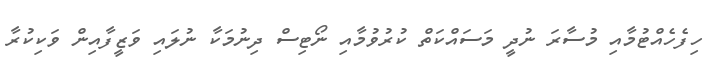
ހިފެހެއްޓުމާއި މުސާރަ ނުދީ މަސައްކަތް ކުރުވުމާއި ނޯޓިސް ދިނުމަކާ ނުލައި ވަޒީފާއިން ވަކިކުރާ